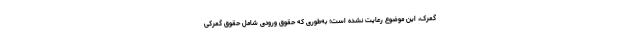
گمرک، این موضوع رعایت نشده است؛ به‌طوری که حقوق ورودی شامل حقوق گمرکی